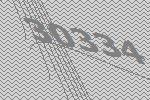
30334